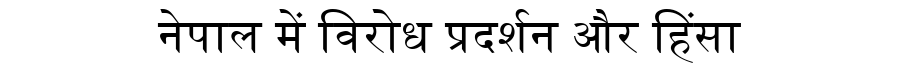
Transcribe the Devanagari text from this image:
नेपाल में विरोध प्रदर्शन और हिंसा